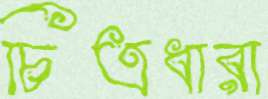
চিত্রধারা